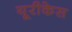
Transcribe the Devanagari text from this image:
यूरीकेस